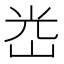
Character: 𡷀